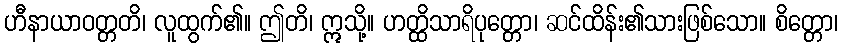
ဟီနာယာဝတ္တတိ၊ လူထွက်၏။ ဤတိ၊ ဣသို့။ ဟတ္ထိသာရိပုတ္တော၊ ဆင်ထိန်း၏သားဖြစ်သော။ စိတ္တော၊